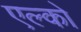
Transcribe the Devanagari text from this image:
एल्को